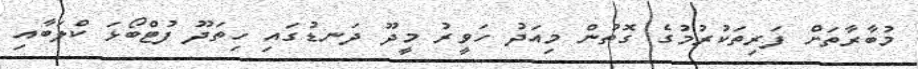
މުބާރާތަށް ފަރިތަކުރުމުގެ ގޮތުން މިއަދު ހަވީރު މީދޫ ދަނޑުގައި ހިތަދޫ ފުޓްބޯޅަ ކްލަބާއި